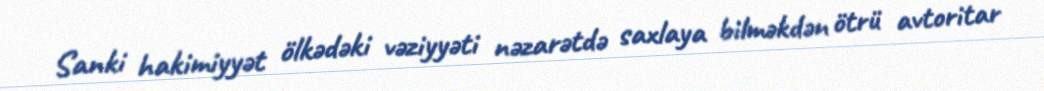
Sanki hakimiyyət ölkədəki vəziyyəti nəzarətdə saxlaya bilməkdən ötrü avtoritar